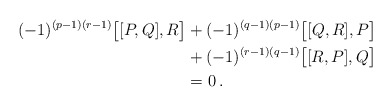
\begin{align*} (-1)^{(p-1)(r-1)}\bigl[[P,Q],R\bigr] &+(-1)^{(q-1)(p-1)}\bigl[[Q,R],P\bigr]\\ &+(-1)^{(r-1)(q-1)}\bigl[[R,P],Q\bigr]\\ &=0\,. \end{align*}